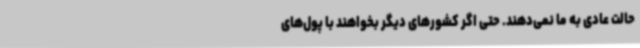
حالت عادی به ما نمی‌دهند. حتی اگر کشورهای دیگر بخواهند با پول‌های